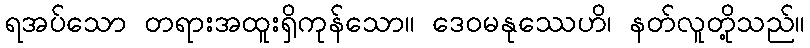
ရအပ်သော တရားအထူးရှိကုန်သော။ ဒေဝမနုဿေဟိ၊ နတ်လူတို့သည်။